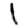
Digit: 1